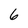
Character: 6